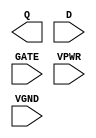
module sky130_fd_sc_hs__dlxtp (
    Q   ,
    D   ,
    GATE,
    VPWR,
    VGND
);

    output Q   ;
    input  D   ;
    input  GATE;
    input  VPWR;
    input  VGND;
endmodule